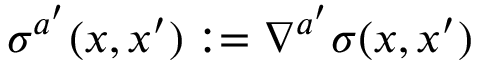
\sigma ^ { a ^ { \prime } } ( x , x ^ { \prime } ) : = \nabla ^ { a ^ { \prime } } \sigma ( x , x ^ { \prime } )